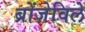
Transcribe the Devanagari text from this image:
ब्रोंज़ेविले